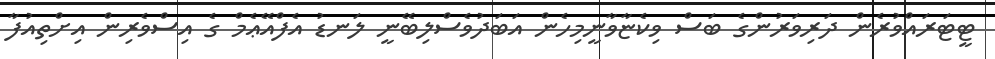
ޓީޓަރައްވުރެން ދަރިވަރުންގެ ބަސް ވިކެޏާވާނީމިހެން އަބަދުވެސްލިބޭނީ ލަނޑު އެފްއޭޢެމް ގެ އިސްވެރިން އިށްތިއުފާ